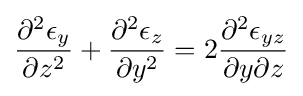
{\frac {\partial ^{2}\epsilon _{y}}{\partial z^{2}}}+{\frac {\partial ^{2}\epsilon _{z}}{\partial y^{2}}}=2{\frac {\partial ^{2}\epsilon _{yz}}{\partial y\partial z}}